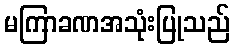
မကြာခဏအသုံးပြုသည်